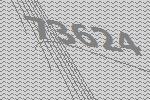
73624